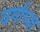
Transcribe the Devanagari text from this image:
वर्गांच्‍या